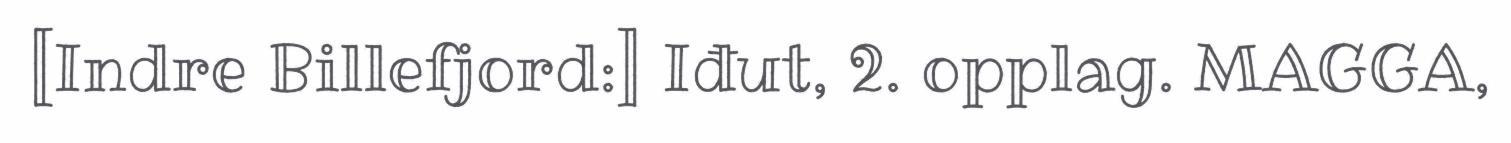
[Indre Billefjord:] Iđut, 2. opplag. MAGGA,